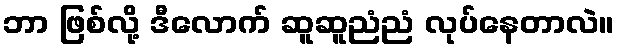
ဘာ ဖြစ်လို့ ဒီလောက် ဆူဆူညံညံ လုပ်နေတာလဲ။